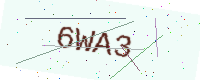
Text: 6WA3